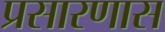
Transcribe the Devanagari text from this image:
प्रसारणास